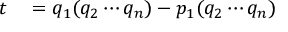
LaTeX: \begin{array} { r l } { t } & { { } = q _ { 1 } ( q _ { 2 } \cdots q _ { n } ) - p _ { 1 } ( q _ { 2 } \cdots q _ { n } ) } \end{array}